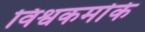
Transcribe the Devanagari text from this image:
विश्वकर्माके